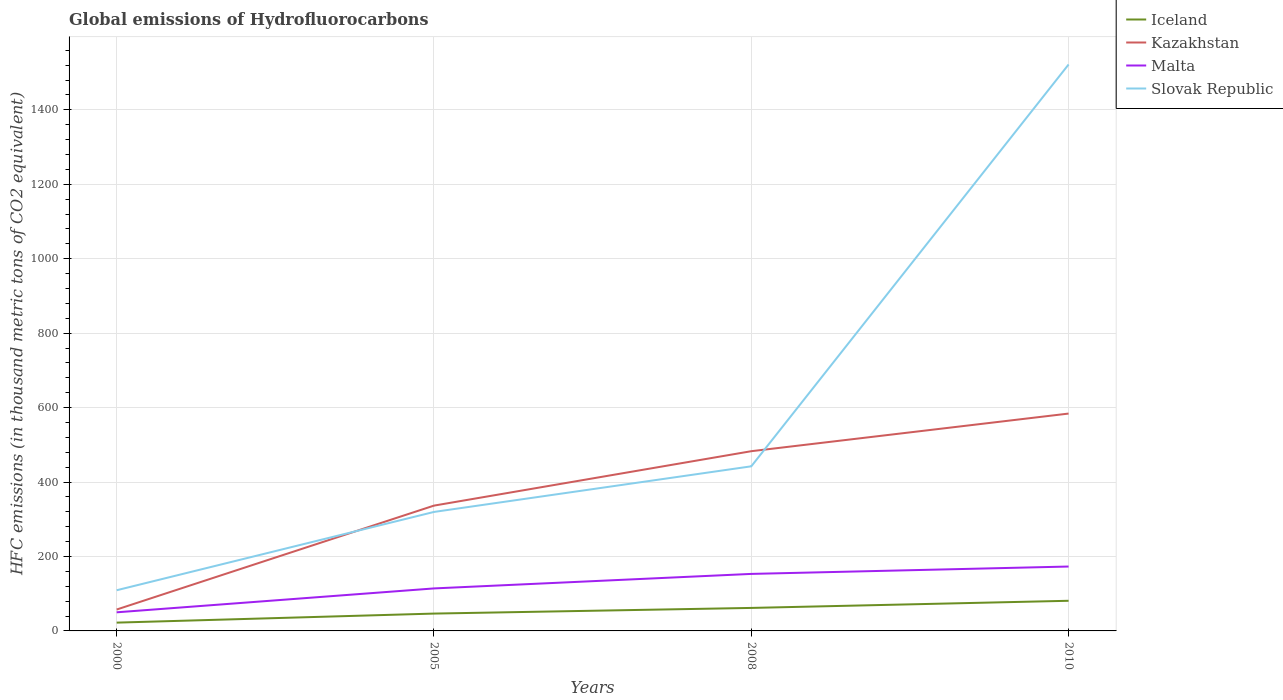
| Years | Iceland | Kazakhstan | Malta | Slovak Republic |
 | --- | --- | --- | --- | --- |
 | 2000 | 22.3 | 57.5 | 50 | 109 |
 | 2005 | 46.6 | 337 | 114 | 320 |
 | 2008 | 61.8 | 483 | 153 | 442 |
 | 2010 | 81 | 584 | 173 | 1.52e+03 |